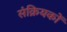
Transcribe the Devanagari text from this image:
संक्रियकों